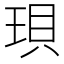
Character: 珼